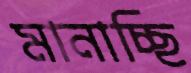
মানাচ্ছি